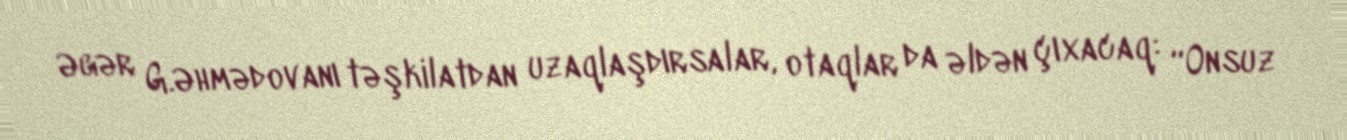
Əgər G.Əhmədovanı təşkilatdan uzaqlaşdırsalar, otaqlar da əldən çıxacaq: “Onsuz